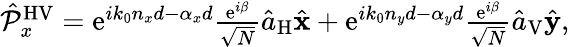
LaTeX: \begin{array}{r}{\hat{\mathcal P}_{x}^{\mathrm{HV}}=\mathrm{e}^{ik_{0}n_{x}d-\alpha_{x}d}\frac{\mathrm{e}^{i\beta}}{\sqrt{N}}\hat{a}_{\mathrm{H}}\hat{\mathbf x}+\mathrm{e}^{ik_{0}n_{y}d-\alpha_{y}d}\frac{\mathrm{e}^{i\beta}}{\sqrt{N}}\hat{a}_{\mathrm{V}}\hat{\mathbf y},}\end{array}